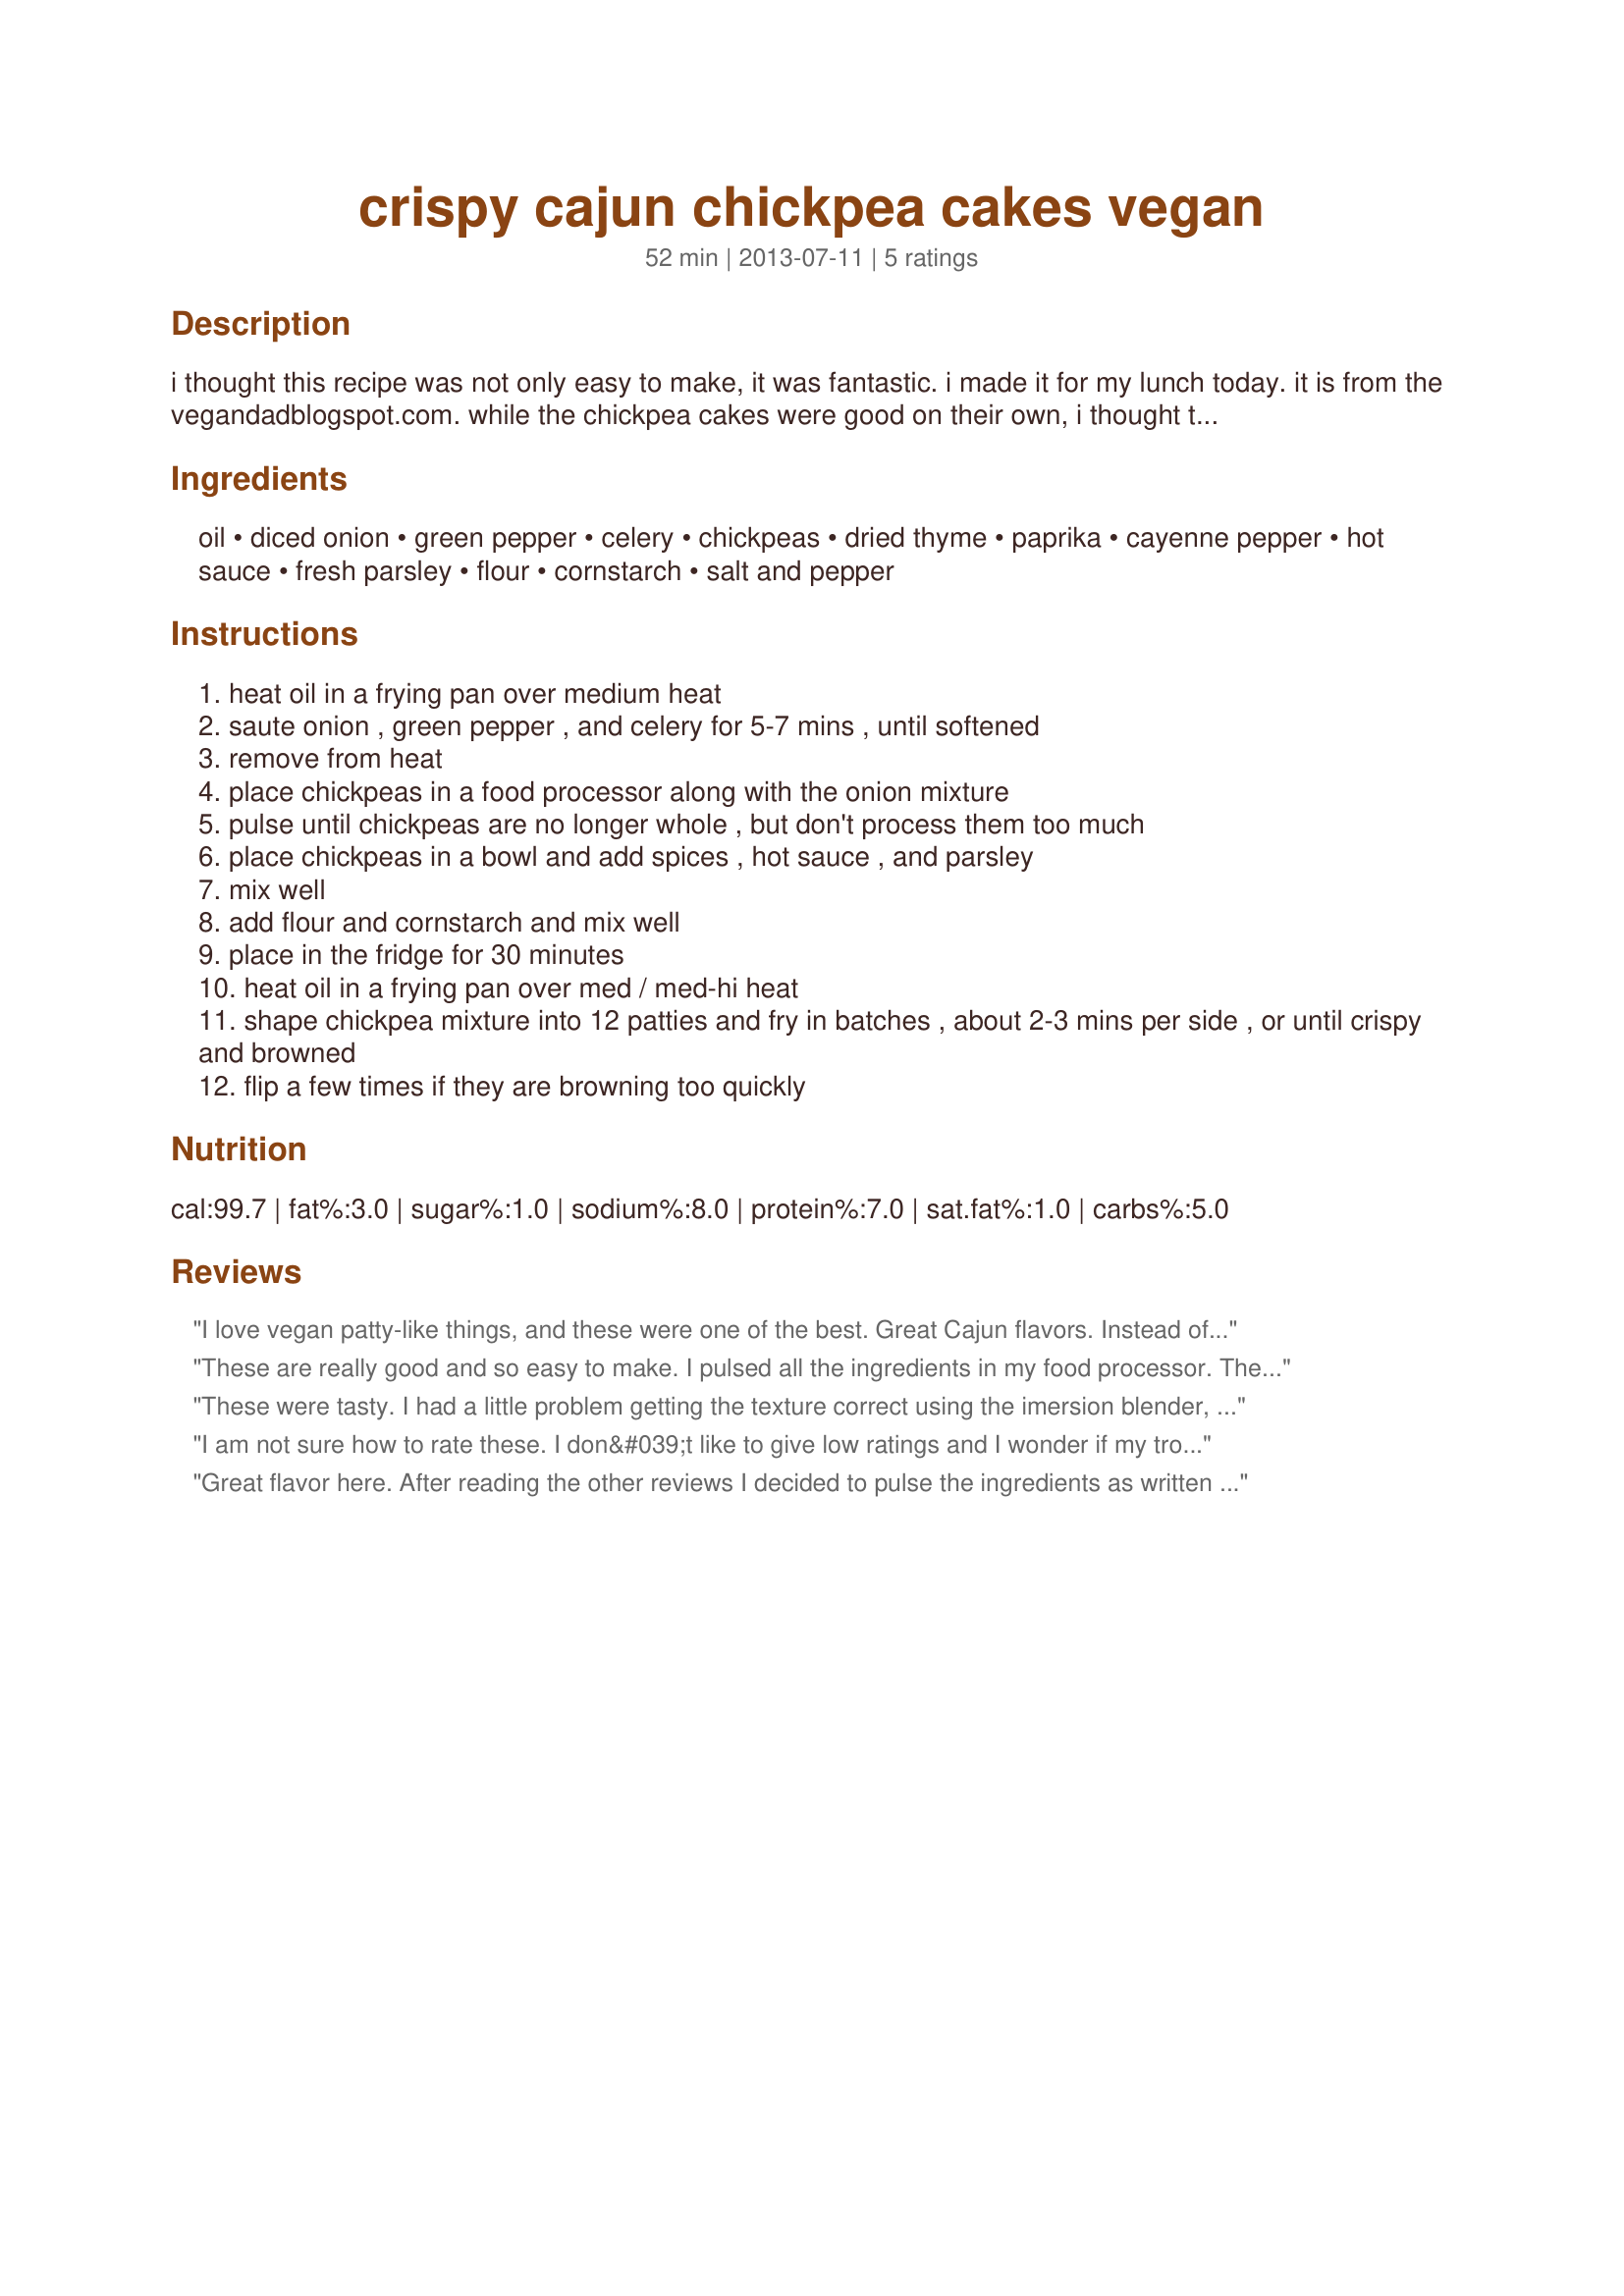
crispy cajun chickpea cakes vegan
Preparation time: 52 minutes

i thought this recipe was not only easy to make, it was fantastic. i made it for my lunch today. it is from the vegandadblogspot.com. while the chickpea cakes were good on their own, i thought they were even better with recipe #503808 (not vegan) dolloped on top. a remoulade sauce would also probably be very good. vegan dad said he made these mild in order to be kid friendly. i increased the cayenne (several pinches) and i used a couple teaspoons of hot sauce. do what suits your tastes. he served for dinner along with a rice dish. vegan dad also says if you have trouble forming the patties (i didn't), add some more cornstarch to hold it all together. mine held their shape throughout the frying. prep time includes 30 minute chill time.

Ingredients:
oil, diced onion, green pepper, celery, chickpeas, dried thyme, paprika, cayenne pepper, hot sauce, fresh parsley, flour, cornstarch, salt and pepper

Steps:
heat oil in a frying pan over medium heat
saute onion , green pepper , and celery for 5-7 mins , until softened
remove from heat
place chickpeas in a food processor along with the onion mixture
pulse until chickpeas are no longer whole , but don't process them too much
place chickpeas in a bowl and add spices , hot sauce , and parsley
mix well
add flour and cornstarch and mix well
place in the fridge for 30 minutes
heat oil in a frying pan over med / med-hi heat
shape chickpea mixture into 12 patties and fry in batches , about 2-3 mins per side , or until crispy and browned
flip a few times if they are browning too quickly

Reviews:
I love vegan patty-like things, and these were one of the best. Great Cajun flavors. Instead of adding bell pepper, I diced a small carrot and a serrano pepper and used that instead. I did not have trouble making this like the other reviewers- my batter was like mashed potatoes and was very easy to work with. I also did not think the patties were dry at all; in fact, I made a couple of sauces to serve these with and barely used them because the flavor of the chickpea cakes were great as is. Thanks for sharing!
These are really good and so easy to make. I pulsed all the ingredients in my food processor. The patties held together without any problems and turned out nice and crispy . The hot pepper sauce gives them a nice little kick. Made for ZWT9
These were tasty. I had a little problem getting the texture correct using the imersion blender, trying to get the chickpeas slightly smooshed but not too smooshed. I tried the magic bullet first, but the mixture was too dry for that. So some of the garbanzoes ended up whole and some more like paste, but all and all it worked out well. I am glad I resisted the impulse to add more water when trying to use the magic bullet. The texture they were made making the patties easy (I only got 9 medium small patties). I liked how quickly they fried up. The cakes were a bit on the dry side (but not too dry), so you may want to put some sauce on them.
I am not sure how to rate these. I don&#039;t like to give low ratings and I wonder if my trouble was due to user error LOL. Like alvinakatz mentioned my mixture was very dry after pulsing it a few times, so much so that I hesitated to add the flour/cornstarch. I followed the recipe as written, though, since it appeared to have worked for everyone else. The patties *did* stay together, which surprised me, but the flavor of the final product was pretty dry. I loved the addition of the hot sauce and the saut&eacute;ed veggies; next time I will try adding more of both. These were just okay for me, but the redeeming quality is that my 11 month old son devoured them and they were a great healthy snack for him. I will definitely give these another try! Thanks, Dr. Jenny! Made for ZWT 9, Gourmet Goddesses.
Great flavor here. After reading the other reviews I decided to pulse the ingredients as written in the instructions, but then removed half of the mixture and pulsed the remaining half a few more times to make it smoother. I think this helped keep the mixture together without losing the nice chunky texture. Made for the Hot Pink Panthers, ZWT 9.
